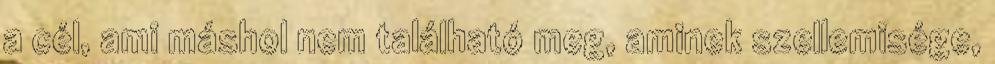
a cél, ami máshol nem található meg, aminek szellemisége,